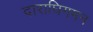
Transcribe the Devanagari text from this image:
दाराघिगमन